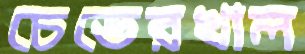
চেভেরখাল